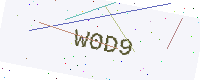
Text: W0D9